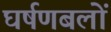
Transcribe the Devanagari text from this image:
घर्षणबलों